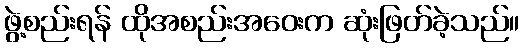
ဖွဲ့စည်းရန် ထိုအစည်းအဝေးက ဆုံးဖြတ်ခဲ့သည်။